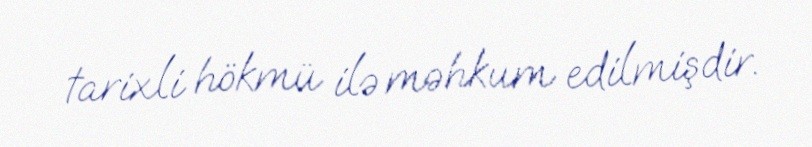
tarixli hökmü ilə məhkum edilmişdir.